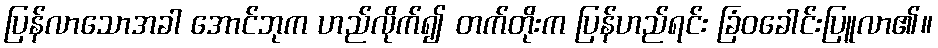
ပြန်လာသောအခါ အောင်ဘုက ဟည်လိုက်၍ တက်တိုးက ပြန်ဟည်ရင်း ခြံဝခေါင်းပြူလာ၏။